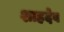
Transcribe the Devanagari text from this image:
शाहदेव